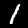
Label: 1